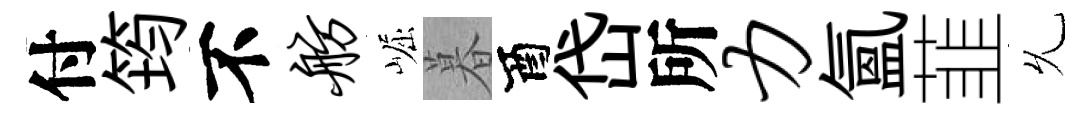
付筠不舫崛暮酉岱所力氲韮𠃔